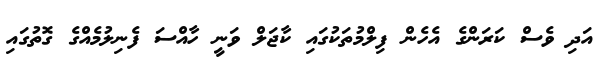
އަދި ވެސް ކަރަންގެ އެހެން ފިލްމުތަކުގައި ކާޖަލް ވަނީ ހާއްސަ ފެނިލުމެއްގެ ގޮތުގައި